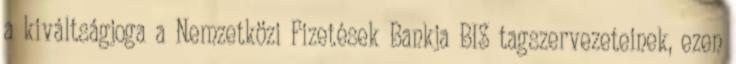
a kiváltságjoga a Nemzetközi Fizetések Bankja BIS tagszervezeteinek, ezen